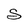
Character: S